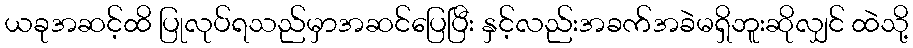
ယခုအဆင့်ထိ ပြုလုပ်ရသည်မှာအဆင်ပြေပြီး နှင့်လည်းအခက်အခဲမရှိဘူးဆိုလျှင် ထဲသို့